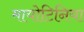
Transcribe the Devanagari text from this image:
मायोटिनिया